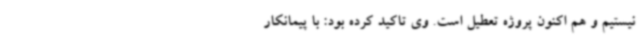
نیستیم و هم اکنون پروژه تعطیل است. وی تاکید کرده بود: با پیمانکار